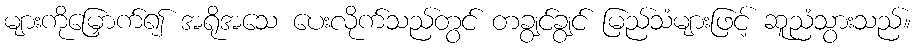
များကိုမြှောက်၍ အရိုအသေ ပေးလိုက်သည်တွင် တချွင်ချွင် မြည်သံများဖြင့် ဆူညံသွားသည်။